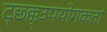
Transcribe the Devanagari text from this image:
ट्छ्क्क्उपयोगकर्ता